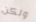
ولكن